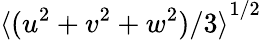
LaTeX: {\langle(u^{2}+v^{2}+w^{2})/3\rangle}^{1/2}